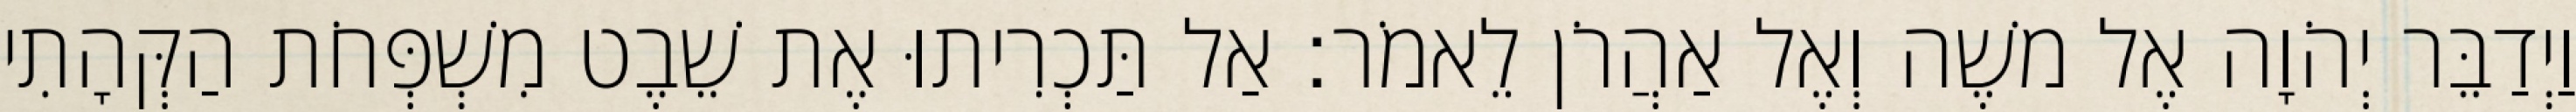
וַיְדַבֵּר יְהֹוָה אֶל משֶׁה וְאֶל אַהֲרֹן לֵאמֹר׃ אַל תַּכְרִיתוּ אֶת שֵׁבֶט מִשְׁפְּחֹת הַקְּהָתִי